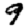
Digit: 9